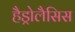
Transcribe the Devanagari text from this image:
हैड्रोलैसिस